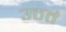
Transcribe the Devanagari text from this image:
उठतं